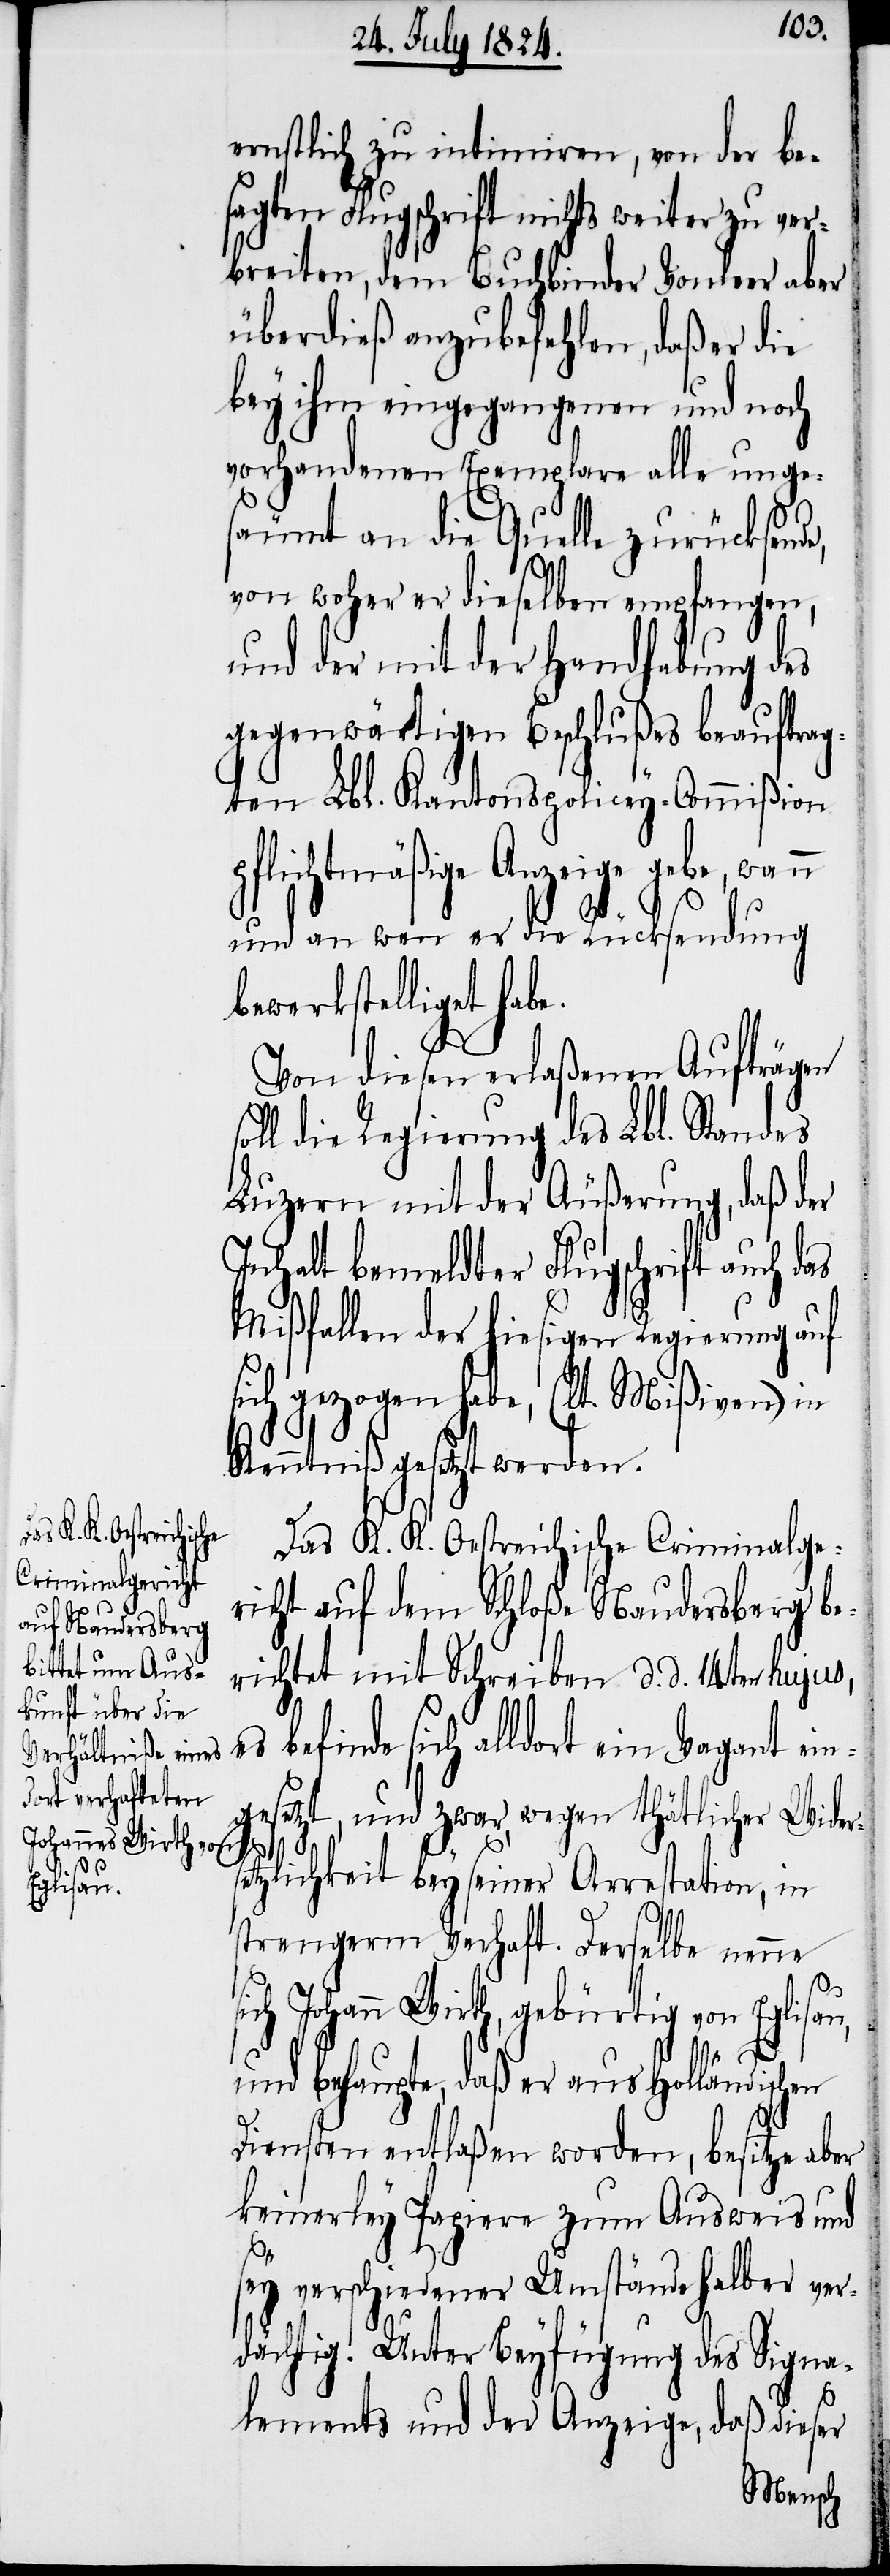
n

ernstlich zu intimiren, von der be¬
sagten Flugschrift nichts weiter zu ver¬
breiten, dem Buchbinder Vonleer aber
überdieß anzubefehlen, daß er die
bey ihm eingegangenen und noch
vorhandenen Exemplare alle unge¬
säumt an die Quelle zurücksend¬
e,
von woher er dieselben empfangen,
und der mit der Handhabung des
gegenwärtigen Beschlußes beauftrag¬
ten Lbl. Kantons-Policey-Commißion
pflichtmäßige Anzeige gebe, wan¬
und an wen er die Rücksendung
bewerkstelligt habe.
Von diesem erlaßenen Aufträgen
oll die Regierung des Lbl. Standes
Luzern mit der Äußerung, daß der
Inhalt bemeldter Flugschrift auch das
Mißfallen der hiesigen Regierung auf
sich gezogen habe, (lt. Mißiven) in
Kenntniß gesetzt werden.
Das K. K. Oestreichische Criminalge¬
richt auf dem Schloße Naudersberg be¬
richtet mit Schreiben d. d. 14ten hujus,
finde sich alldort ein Vagant ein¬
es
ge¬
setzt, und zwar, wegen thätlicher Widers¬
etzlichkeit bey seiner Arrestation, in
strengerm Verhaft. Derselbe nenne
Johannes Wirth, gebürtig von Eglisau,
und behaupte, daß er aus Holländischen
Diensten entlaßen worden, besitze aber
keinerley Papiere zum Ausweis und
sey verschiedener Umstände halber ver¬
dächtig. Unter Beyfügung des Signa¬
lements und der Anzeige, daß dieser